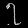
Digit: ၇